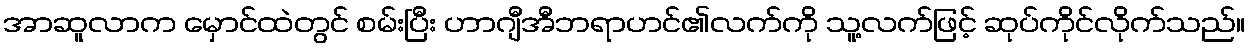
အာဆူလာက မှောင်ထဲတွင် စမ်းပြီး ဟာဂျီအီဘရာဟင်၏လက်ကို သူ့လက်ဖြင့် ဆုပ်ကိုင်လိုက်သည်။